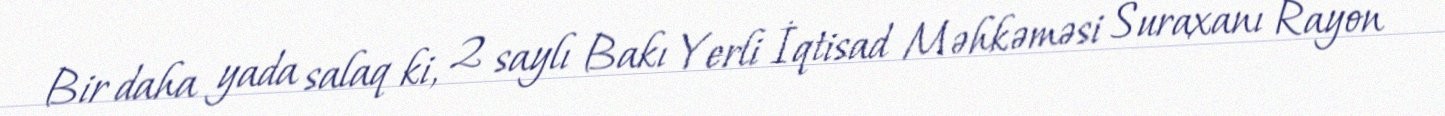
Bir daha yada salaq ki, 2 saylı Bakı Yerli İqtisad Məhkəməsi Suraxanı Rayon